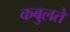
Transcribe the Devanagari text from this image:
कबुलते